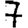
Digit: 7